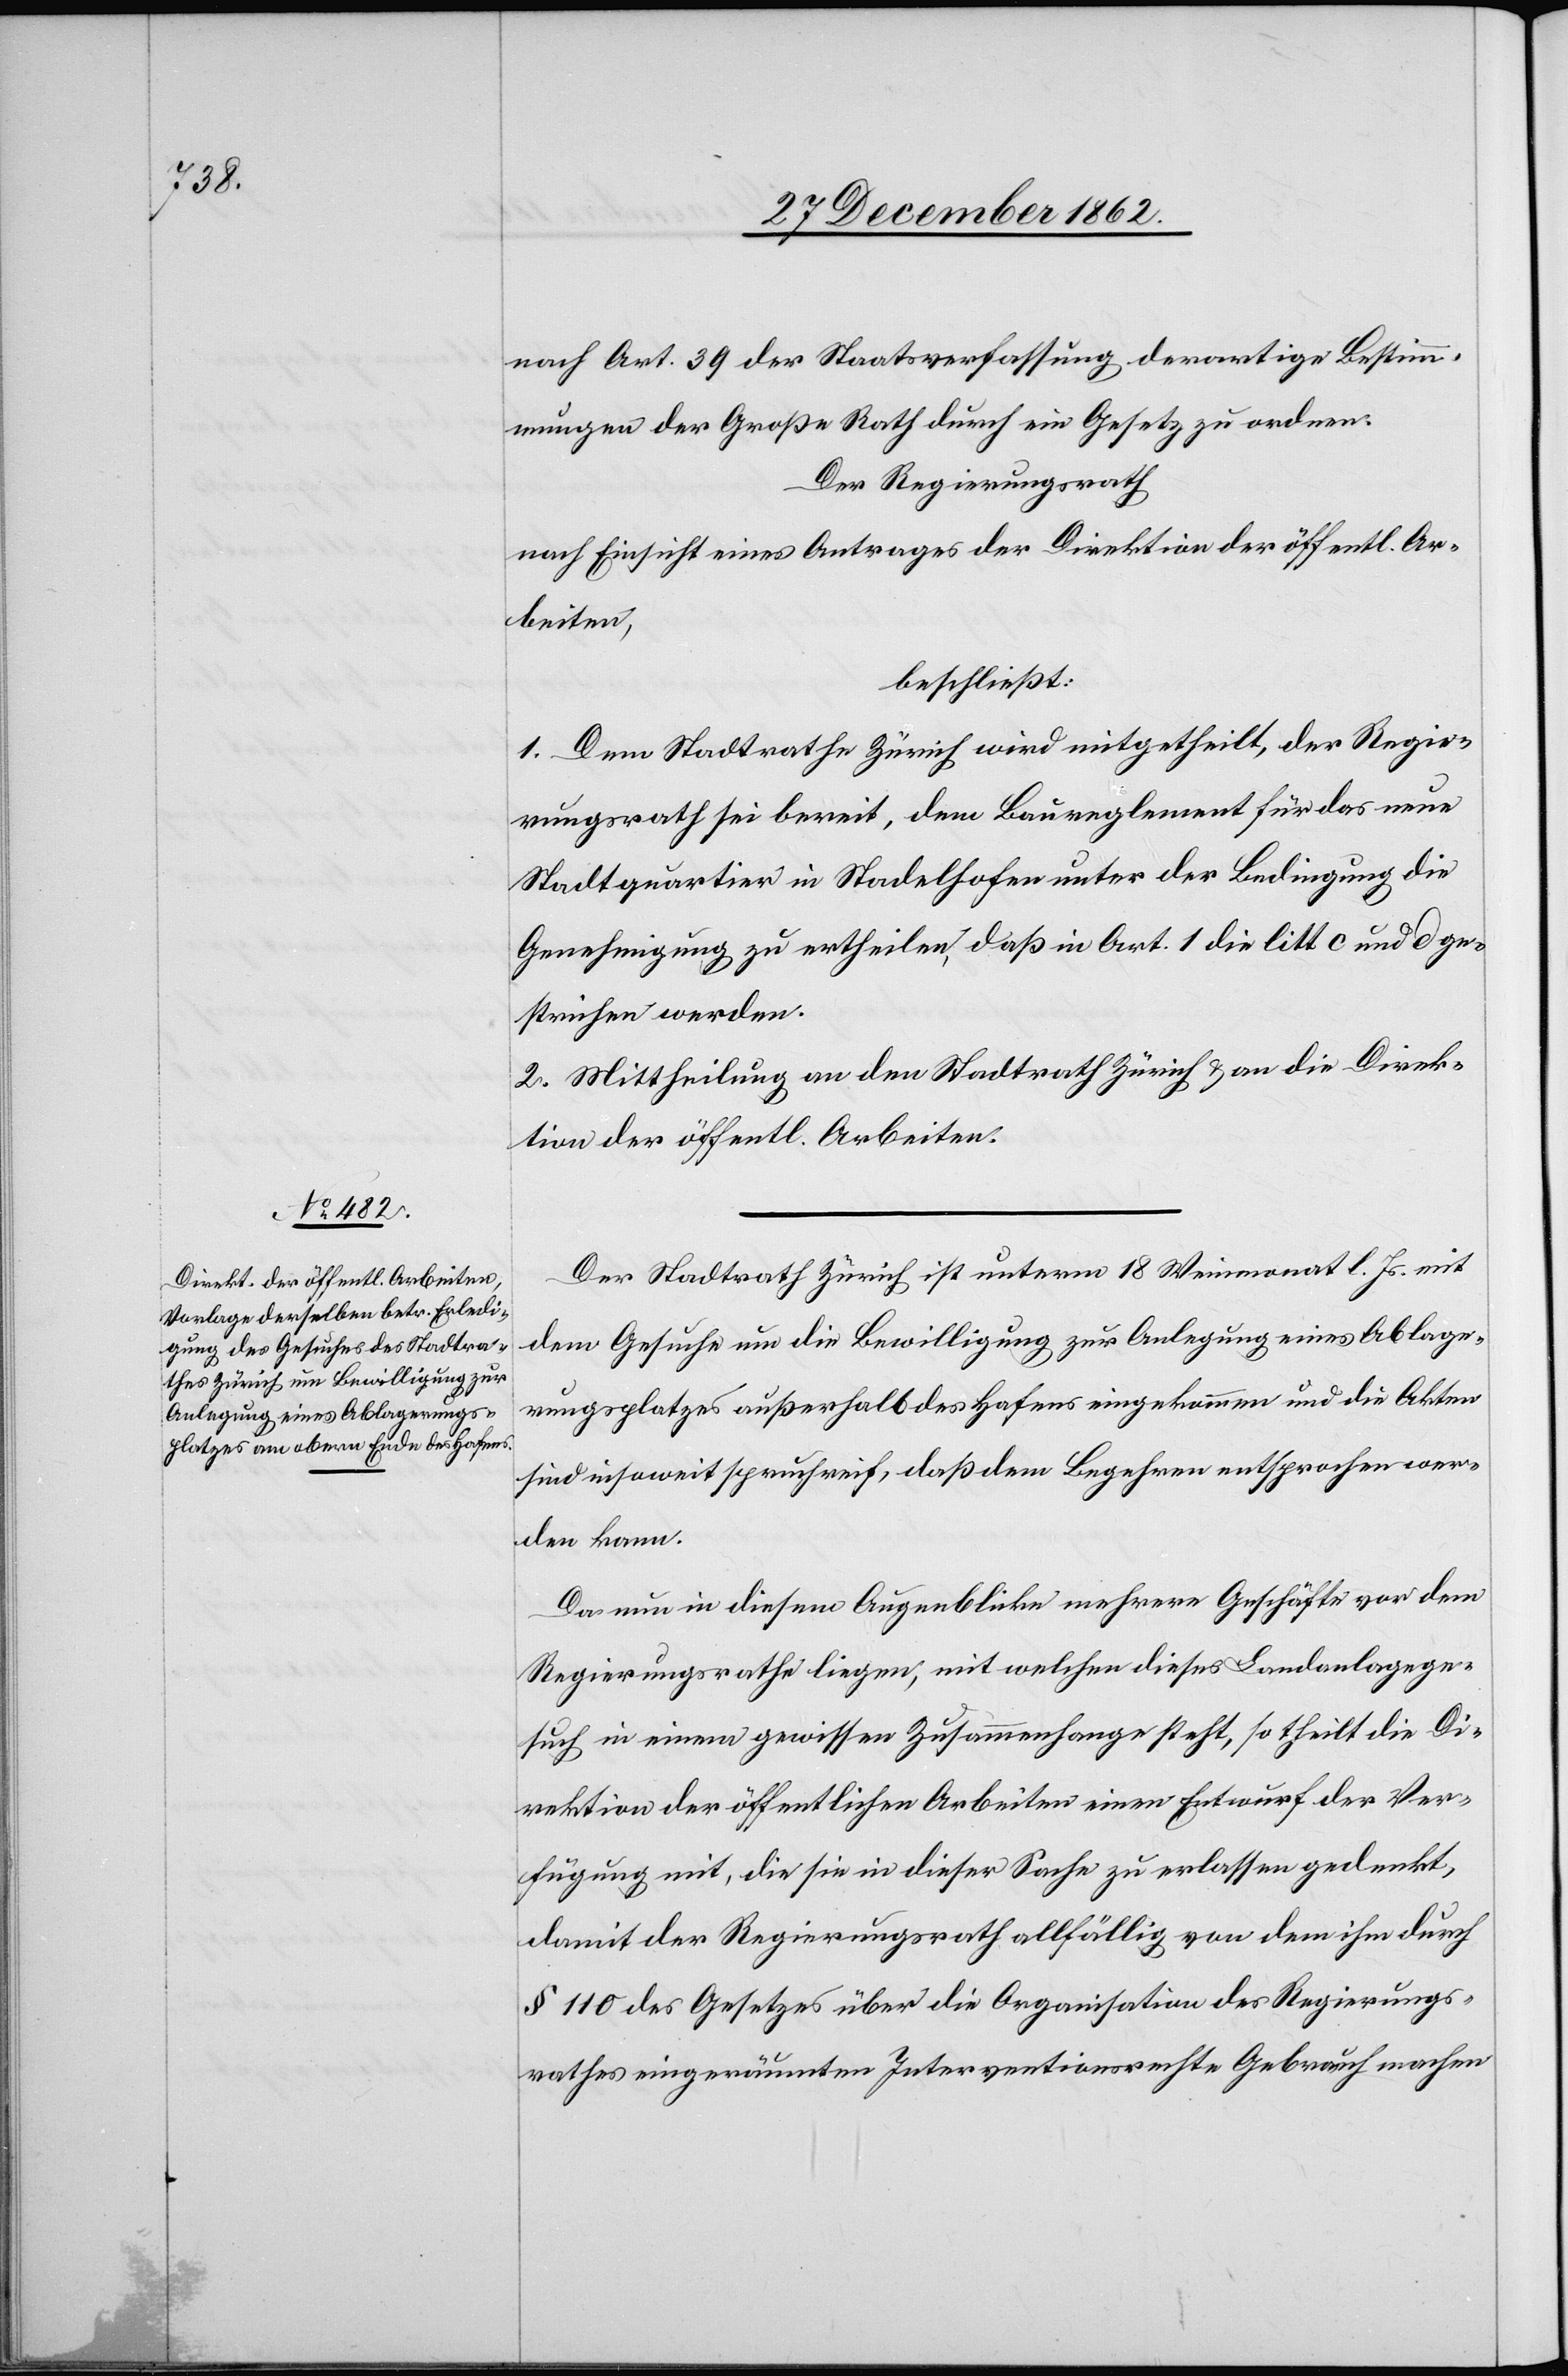
nach Art. 39 der Staatsverfassung derartige Bestim¬
mungen der Große Rath durch ein Gesetz zu ordnen.
Der Regierungsrath
nach Einsicht eines Antrages der Direktion der öffentl. Ar¬
beiten,
beschließt:
1. Dem Stadtrathe Zürich wird mitgetheilt, der Regie¬
rungsrath sei bereit, dem Baureglement für das neue
Stadtquartier in Stadelhofen unter der Bedingung die
Genehmigung zu ertheilen, daß in Art. 1 die litt c und d ge¬
strichen werden.
2. Mittheilung an den Stadtrath Zürich u. an die Direk¬
tion der öffentl. Arbeiten.
Der Stadtrath Zürich ist unterm 18. Weinmonat l. Js. mit
dem Gesuche um die Bewilligung zur Anlegung eines Ablage¬
rungsplatzes außerhalb des Hafens eingekommen und die Akten
sind insoweit spruchreif, daß dem Begehren entsprochen wer¬
den kann.
Da nun in diesem Augenblicke mehrere Geschäfte vor dem
Regierungsrathe liegen, mit welchem dieses Landanlagege¬
such in einem gewissen Zusammenhange steht, so theilt die Di¬
rektion der öffentlichen Arbeiten einen Entwurf der Ver¬
fügung mit, die sie in dieser Sache zu erlassen gedenkt,
damit der Regierungsrath allfällig von dem ihm durch
§ 110 des Gesetzes über die Organisation des Regierungs¬
rathes eingeräumten Interventionsrechte Gebrauch machen